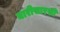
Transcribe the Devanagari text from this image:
नारीसारखी